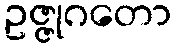
ဥဇ္ဇုဂတော